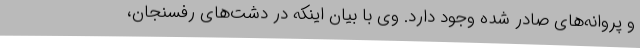
و پروانه‌های صادر شده وجود دارد. وی با بیان اینکه در دشت‌های رفسنجان،